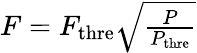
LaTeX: \begin{array}{r}{F=F_{\textrm{thre}}\sqrt{\frac{P}{P_{\textrm{thre}}}}}\end{array}